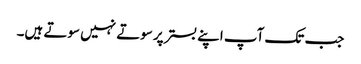
جب تک آپ اپنے بستر پر سوتے نہیں سوتے ہیں۔